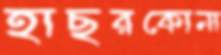
হাছরকোনা